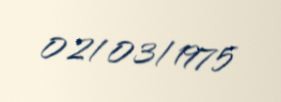
02/03/1975